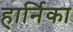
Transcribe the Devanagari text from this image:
हार्निका